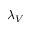
\lambda _ { V }